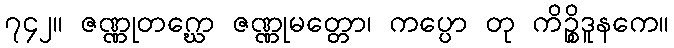
၇၄၂။ ဇဏ္ဏုတဂ္ဃော ဇဏ္ဏုမတ္တော၊ ကပ္ပော တု ကိဉ္စိဒူနကေ။